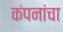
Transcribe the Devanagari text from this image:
कंपनांचा